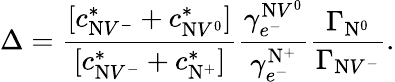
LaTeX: \Delta=\frac{[c_{\mathrm{N}V^{-}}^{*}+c_{\mathrm{N}V^{0}}^{*}]}{[c_{\mathrm{N}V^{-}}^{*}+c_{\mathrm{N}^{+}}^{*}]}\frac{\gamma_{e^{-}}^{\mathrm{N}V^{0}}}{\gamma_{e^{-}}^{\mathrm{N}^{+}}}\frac{\Gamma_{\mathrm{N}^{0}}}{\Gamma_{\mathrm{N}V^{-}}}.